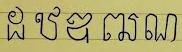
ដ ឋ ឌ ឍ ណ